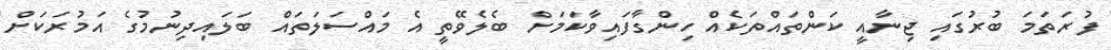
ފުރަތަމަ ބުރުގައި ޖިނާއީ ކަންތައްތަކެއް ހިންގާފައިވާކަމަށް ބެލެވޭތީ އެ މައްސަލަތައް ބަލައިދިނުމުގެ އަމުރަކަށް